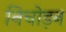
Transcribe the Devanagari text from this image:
निचोड़न